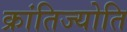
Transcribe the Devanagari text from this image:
क्रांतिज्योति